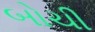
બોચી